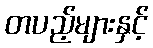
တပည့်များနှင့်